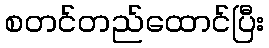
စတင်တည်ထောင်ပြီး